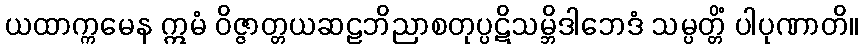
ယထာက္ကမေန ဣမံ ဝိဇ္ဇာတ္တယဆဠဘိညာစတုပ္ပဋိသမ္ဘိဒါဘေဒံ သမ္ပတ္တိံ ပါပုဏာတိ။